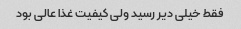
فقط خیلی دیر رسید ولی کیفیت غذا عالی بود